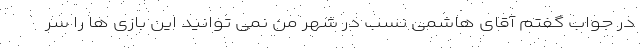
در جواب گفتم آقای هاشمی نسب در شهر من نمی توانید این بازی ها را سر